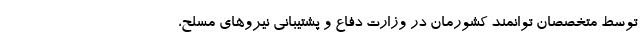
توسط متخصصان توانمند کشورمان در وزارت دفاع و پشتیبانی نیروهای مسلح،